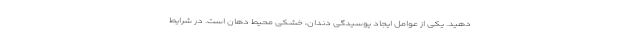
دهید. یکی از عوامل ایجاد پوسیدگی دندان، خشکی محیط دهان است. در شرایط